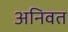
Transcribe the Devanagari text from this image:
अनिवत